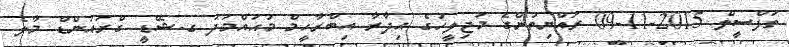
ތަފްސީލް 2015-11-09 ރައްޔިތުންގެ މަޖިލީހުގެ އިދާރާ އިބްރާހީމް މުޙައްމަދު ގ.ޝޭޑީ ގްރައުންޑް މާލެ